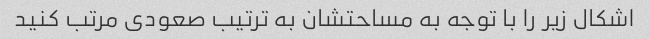
اشکال زیر را با توجه به مساحتشان به ترتیب صعودی مرتب کنید